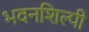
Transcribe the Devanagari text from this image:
भवनशिल्पी